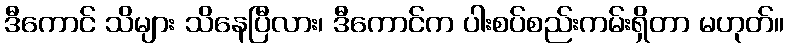
ဒီကောင် သိများ သိနေပြီလား၊ ဒီကောင်က ပါးစပ်စည်းကမ်းရှိတာ မဟုတ်။